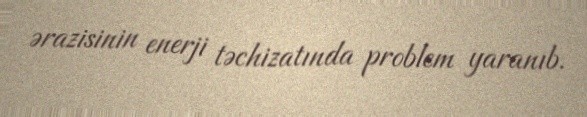
ərazisinin enerji təchizatında problem yaranıb.